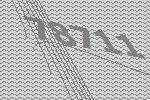
78711